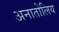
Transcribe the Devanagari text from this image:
अनातोलिय